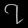
Digit: ၇